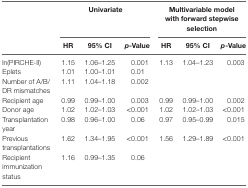
| <ROWSPAN=2>  | <COLSPAN=3> Univariate | <COLSPAN=3> Multivariable model with forward stepwise selection |
 | HR | 95% CI | p-Value | HR | 95% CI | p-Value |
 | --- | --- | --- | --- | --- | --- | --- |
 | ln(PIRCHE-II) | 1.15 | 1.06–1.25 | 0.001 | 1.13 | 1.04–1.23 | 0.003 |
 | Eplets | 1.01 | 1.00–1.01 | 0.01 |  |  |  |
 | Number of A/B/DR mismatches | 1.11 | 1.04–1.18 | 0.002 |  |  |  |
 | Recipient age | 0.99 | 0.99–1.00 | 0.003 | 0.99 | 0.99–1.00 | 0.002 |
 | Donor age | 1.02 | 1.02–1.03 | <0.001 | 1.02 | 1.02–1.03 | <0.001 |
 | Transplantation year | 0.98 | 0.96–1.00 | 0.06 | 0.97 | 0.95–0.99 | 0.015 |
 | Previous transplantations | 1.62 | 1.34–1.95 | <0.001 | 1.56 | 1.29–1.89 | <0.001 |
 | Recipient immunization status | 1.16 | 0.99–1.35 | 0.06 |  |  |  |